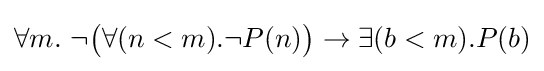
\forall m.\ \neg {\big (}\forall (n<m).\neg P(n){\big )}\to \exists (b<m).P(b)